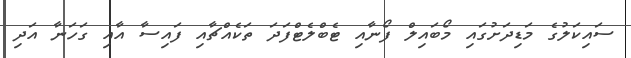
ސައިކަލުގެ މަޑިދަށުގައި މޯބައިލް ފޯނާއި ޓެބްލެޓްފަދަ ތަކެއްޗާއި ފައިސާ އާއި ގަހަނާ އަދި